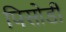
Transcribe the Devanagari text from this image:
पिसोर्डी